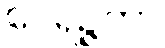
ဝေရဉ္ဇကာ